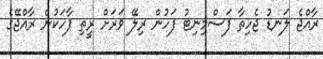
ރާއްޖެ ލަނޑު ޖެހިތާ ފަސްމިނިޓު ފަހުން ރިލޭ ވަރަށް ރީތި ޕާހަކުން ރާއްޖޭގެ